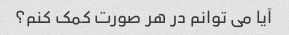
آیا می توانم در هر صورت کمک کنم؟